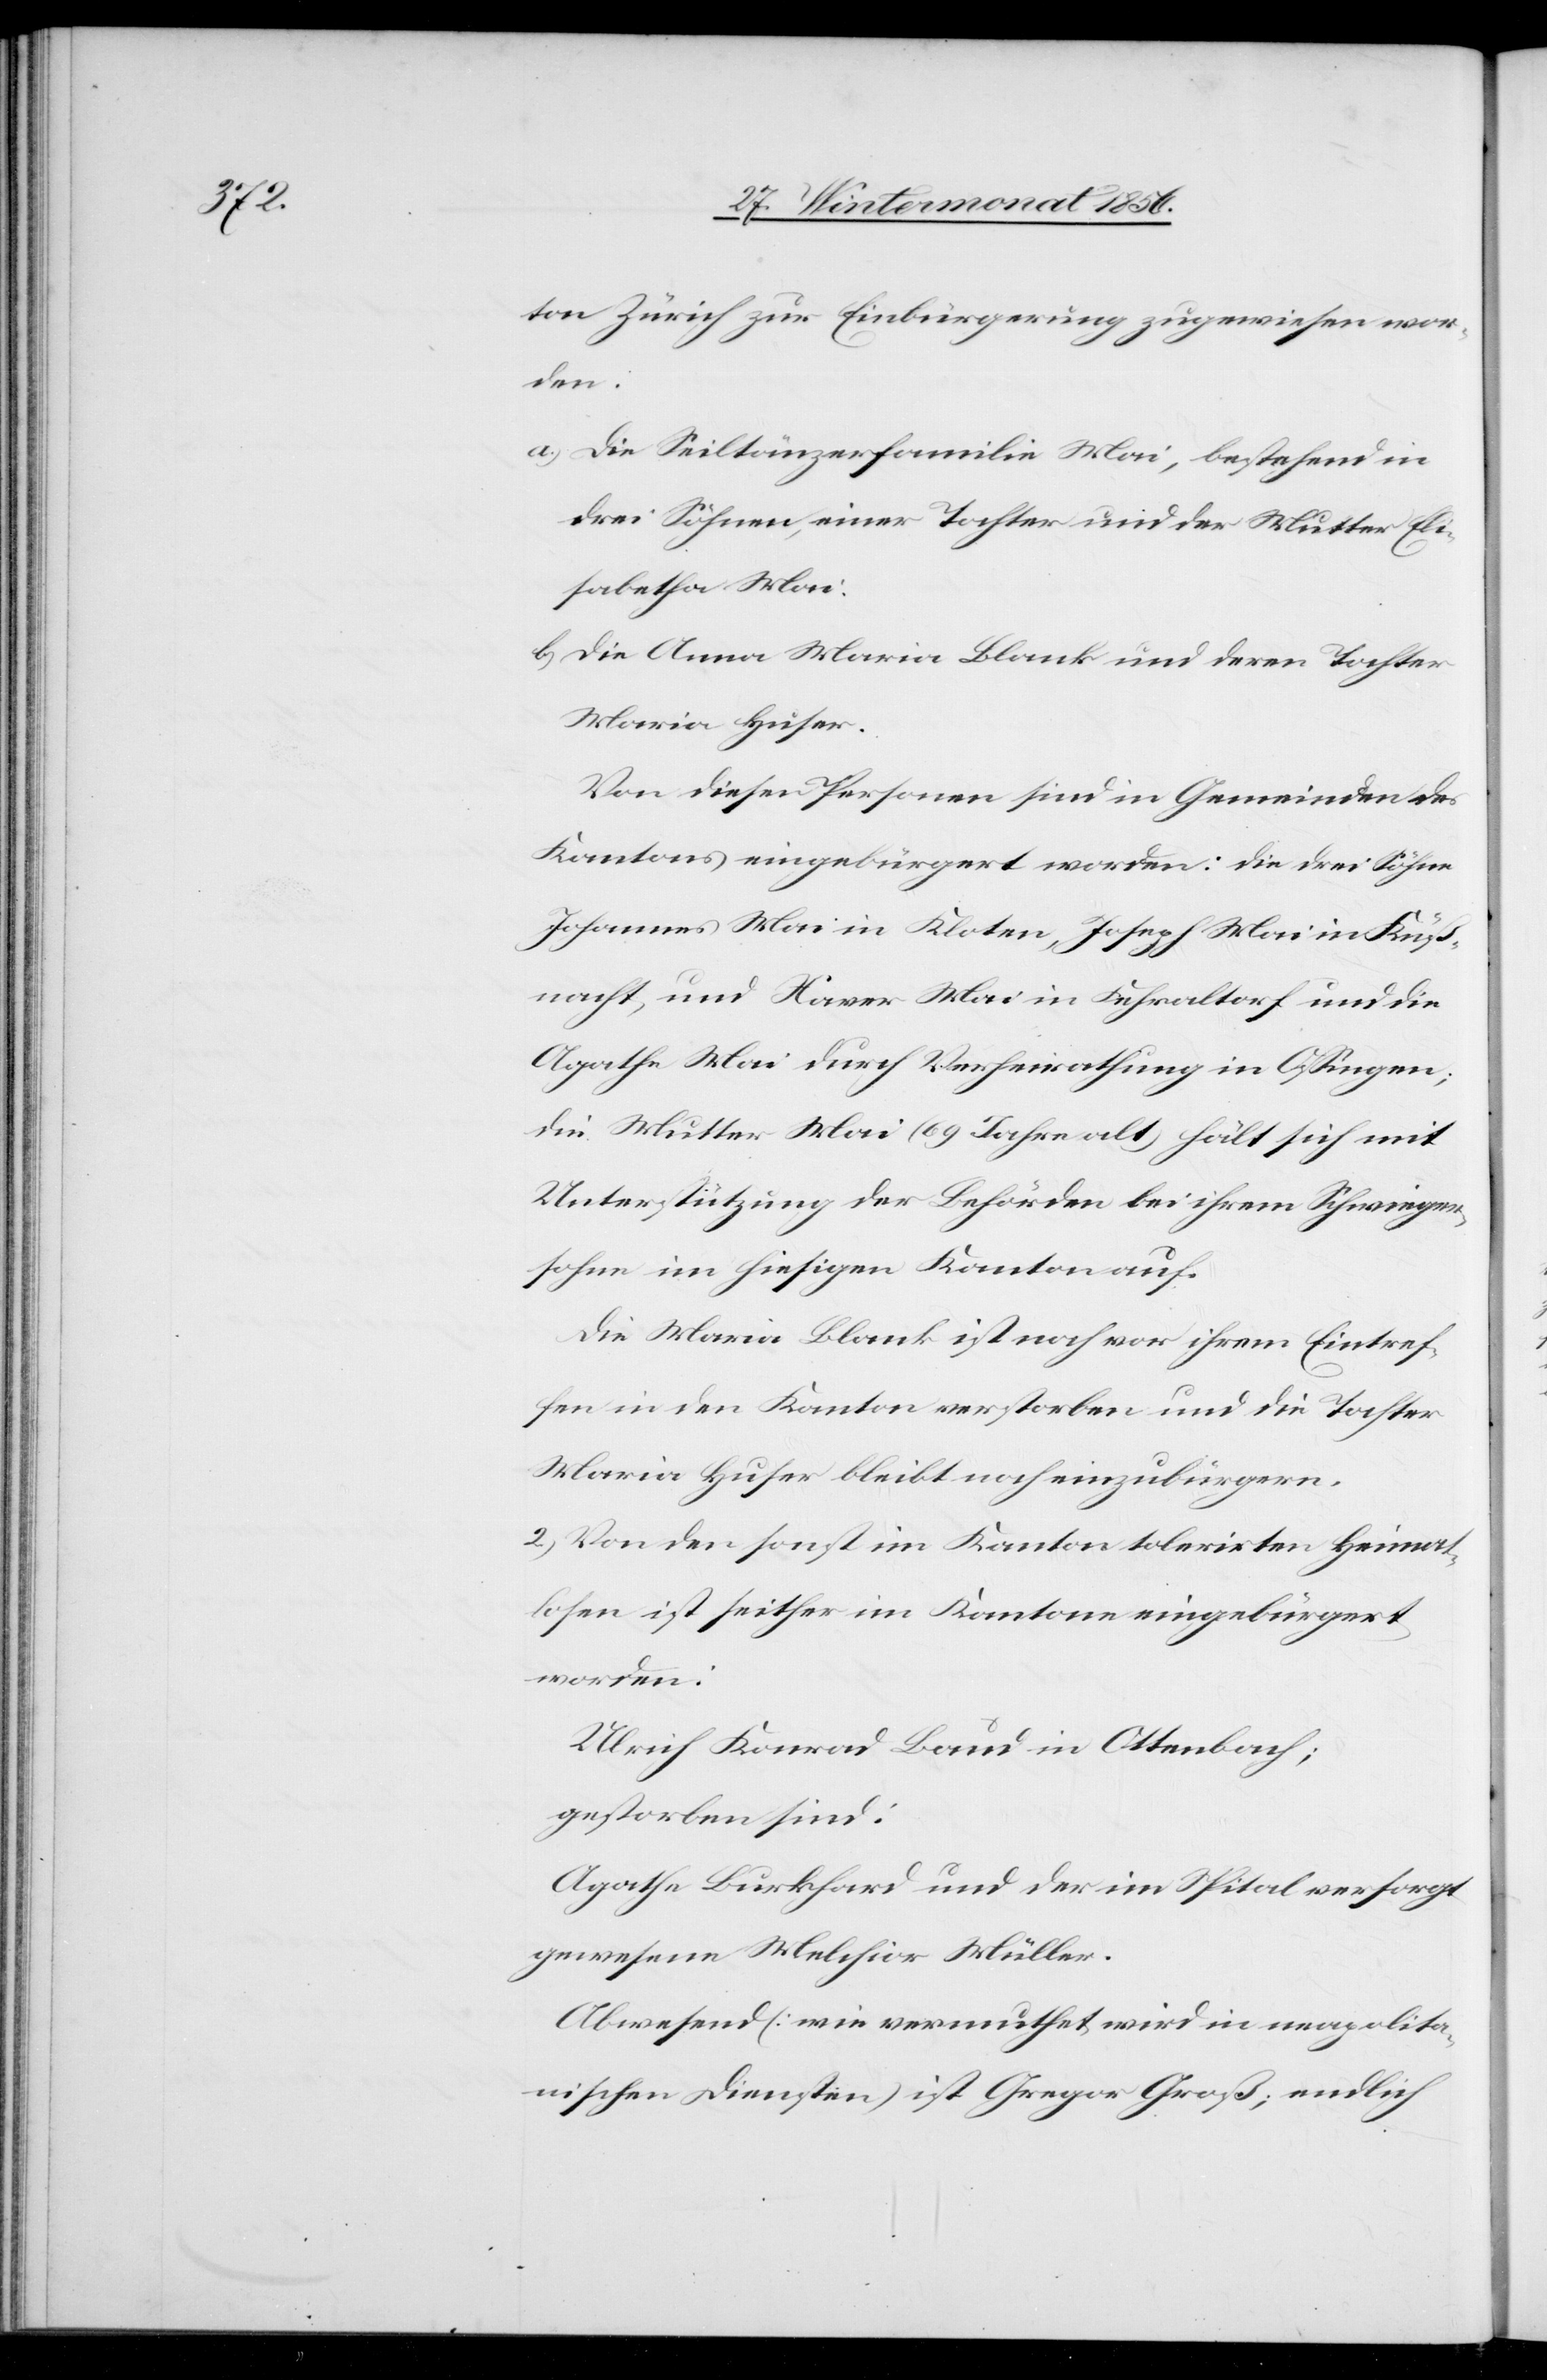
ton Zürich zur Einbürgerung zugewiesen wor¬
den:
a.) Die Seiltänzerfamilie Mai, bestehend in
drei Söhnen, einer Tochter und der Mutter Eli¬
sabetha Mai.
b.) Die Anna Maria Blank und deren Tochter
Maria Huser.
Von diesen Personen sind in Gemeinden des
Kantons eingebürgert worden: die drei Söhne
Johannes Mai in Kloten, Joseph Mai in Küß¬
nacht, und Xaver Mai in Fehraltorf und die
Agathe Mai durch Verheirathung in Ossingen;
die Mutter Mai (69 Jahre alt) hält sich mit
Unterstützung der Behörden bei ihrem Schwieger¬
sohne im hiesigen Kanton auf.
Die Maria Blank ist noch vor ihrem Eintref¬
fen in den Kanton verstorben und die Tochter
Maria Huser bleibt noch einzubürgern.
2.) Von den sonst im Kanton tolerirten Heimat¬
losen ist seither im Kantone eingebürgert
worden:
Ulrich Konrad Baud in Ottenbach;
gestorben sind:
Agathe Burkhard und der im Spital versorgt
gewesene Melchior Müller.
Abwesend (wie vermuthet wird in neapolita¬
nischen Diensten) ist Gregor Groß; endlich